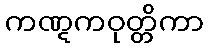
ကဏ္ဋကဝုတ္တိကာ